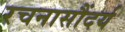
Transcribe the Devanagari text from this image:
रचनासौंदर्य